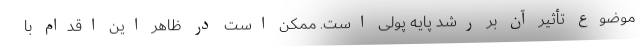
موضوع تأثیر آن بر رشد پایه پولی است. ممکن است در ظاهر این اقدام با